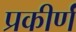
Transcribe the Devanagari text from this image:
प्रकीर्णं